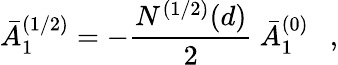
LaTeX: \bar{A}_{1}^{(1/2)}=-{\frac{N^{(1/2)}(d)}{2}}~\bar{A}_{1}^{(0)}~~~,